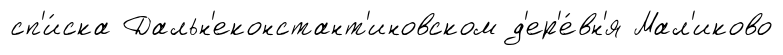
сп'и́ска Дальн'еконстант'иновском д'ер'е́вн'я Мал'иково